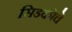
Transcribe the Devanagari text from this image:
सिडकोचे